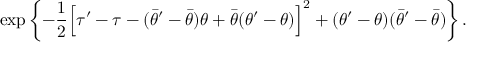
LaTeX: \exp \left\{ - \frac { 1 } { 2 } \Bigl [ \tau ^ { \prime } - \tau - ( \bar { \theta } ^ { \prime } - \bar { \theta } ) \theta + \bar { \theta } ( \theta ^ { \prime } - \theta ) \Bigr ] ^ { 2 } + ( \theta ^ { \prime } - \theta ) ( \bar { \theta } ^ { \prime } - \bar { \theta } ) \right\} .